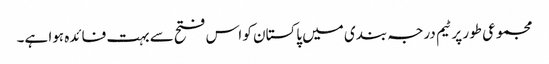
مجموعی طور پر ٹیم درجہ بندی میں پاکستان کو اس فتح سے بہت فائدہ ہوا ہے۔